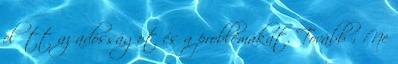
előtt az adósságot és a problémákat. Tovább › ›Ne